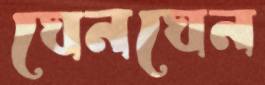
ঘেনঘেন